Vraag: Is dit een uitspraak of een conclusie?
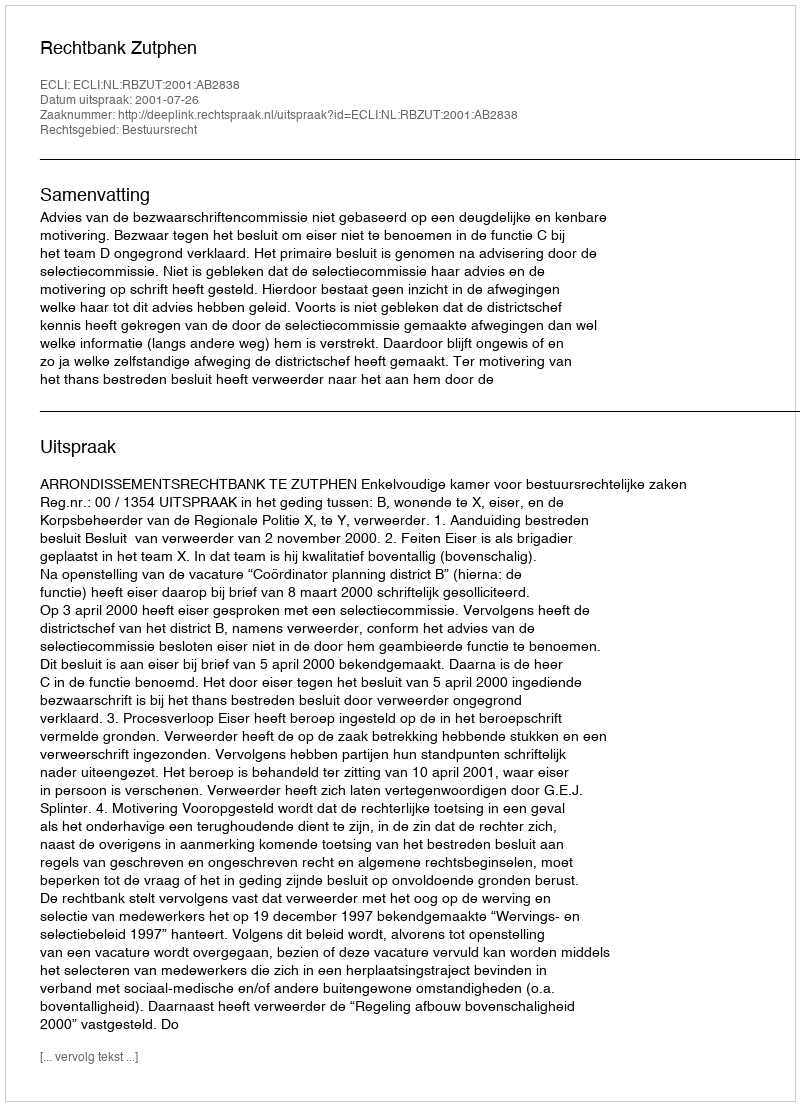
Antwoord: Uitspraak